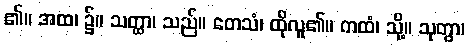
၏။ အထ၊ ၌။ သတ္ထာ၊ သည်။ တေသံ၊ ထိုလူ၏။ ကထံ၊ သို့။ သုတွာ၊